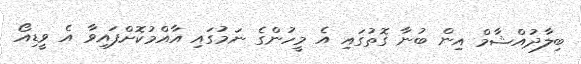
ބިލާދުއްޝާމް އިން ބުނާ ގޮތުގައި އެ މީހުންގެ ނަމުގައި އާއްމުކޮށްފައިވާ އެ ވީޑިއޯ